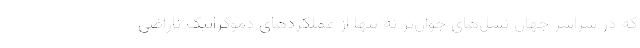
که در سراسر جهان نسل‌های جوان‌تر نه تنها از عملکردهای دموکراتیک ناراضی